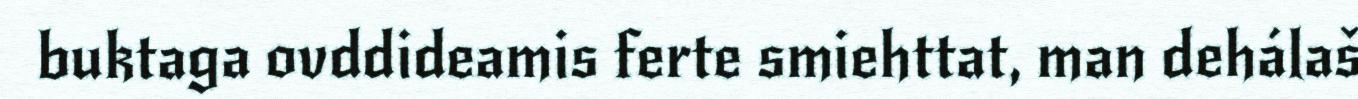
buktaga ovddideamis ferte smiehttat, man dehálaš